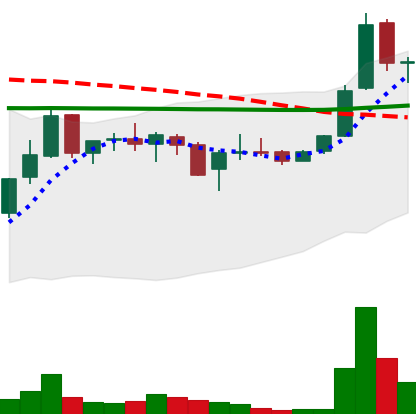
Ticker: LINK-USD
Chart end date: 2019-01-06
Forward return: 11.885%
Label: up_7plus